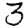
Digit: 3